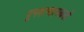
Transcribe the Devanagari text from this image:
पुनरुत्थानकर्ता